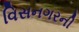
વિસનગરની